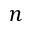
n